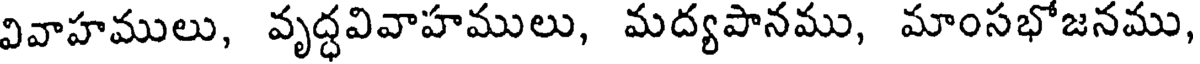
వివాహములు, వృద్ధవివాహములు, మద్యపానము, మాంసభోజనము,